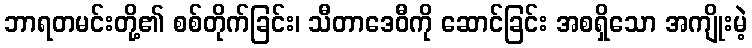
ဘာရတမင်းတို့၏ စစ်တိုက်ခြင်း၊ သီတာဒေဝီကို ဆောင်ခြင်း အစရှိသော အကျိုးမဲ့